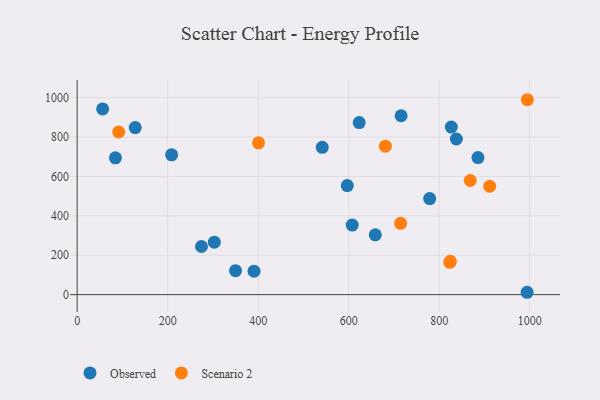
{"axis": {"x": "Experience", "y": "Salary"}, "legend": ["Observed", "Scenario 2"], "data": [{"x": "607.9", "y": 353.3, "type": "Observed"}, {"x": "826.9", "y": 850.9, "type": "Observed"}, {"x": "274.8", "y": 244.4, "type": "Observed"}, {"x": "303.1", "y": 266.5, "type": "Observed"}, {"x": "658.9", "y": 303.8, "type": "Observed"}, {"x": "350.0", "y": 121.6, "type": "Observed"}, {"x": "716.0", "y": 908.4, "type": "Observed"}, {"x": "623.3", "y": 873.9, "type": "Observed"}, {"x": "128.3", "y": 848.2, "type": "Observed"}, {"x": "885.8", "y": 695.9, "type": "Observed"}, {"x": "208.8", "y": 709.8, "type": "Observed"}, {"x": "994.4", "y": 12.0, "type": "Observed"}, {"x": "390.9", "y": 119.0, "type": "Observed"}, {"x": "84.6", "y": 694.5, "type": "Observed"}, {"x": "838.1", "y": 790.3, "type": "Observed"}, {"x": "779.1", "y": 488.0, "type": "Observed"}, {"x": "541.6", "y": 747.8, "type": "Observed"}, {"x": "56.3", "y": 943.0, "type": "Observed"}, {"x": "597.0", "y": 553.8, "type": "Observed"}, {"x": "91.9", "y": 825.8, "type": "Scenario 2"}, {"x": "681.2", "y": 753.7, "type": "Scenario 2"}, {"x": "911.7", "y": 550.4, "type": "Scenario 2"}, {"x": "823.4", "y": 164.3, "type": "Scenario 2"}, {"x": "824.7", "y": 169.4, "type": "Scenario 2"}, {"x": "868.8", "y": 579.5, "type": "Scenario 2"}, {"x": "400.8", "y": 770.9, "type": "Scenario 2"}, {"x": "714.9", "y": 362.0, "type": "Scenario 2"}, {"x": "995.0", "y": 989.7, "type": "Scenario 2"}]}